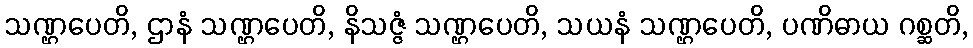
သဏ္ဌပေတိ, ဌာနံ သဏ္ဌပေတိ, နိသဇ္ဇံ သဏ္ဌပေတိ, သယနံ သဏ္ဌပေတိ, ပဏိဓာယ ဂစ္ဆတိ,